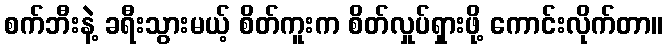
စက်ဘီးနဲ့ ခရီးသွားမယ့် စိတ်ကူးက စိတ်လှုပ်ရှားဖို့ ကောင်းလိုက်တာ။